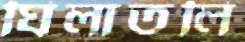
ঘিলাতলি